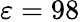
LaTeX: \varepsilon=98